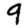
Digit: 9